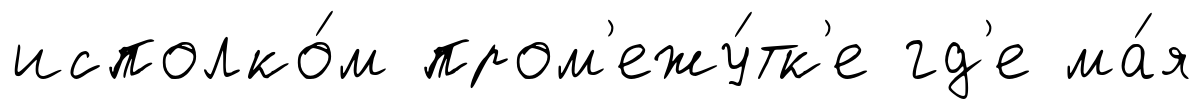
исполко́м пром'ежу́тк'е гд'е ма́я